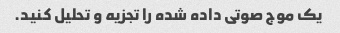
یک موج صوتی داده شده را تجزیه و تحلیل کنید.